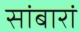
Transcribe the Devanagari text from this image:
सांबारां